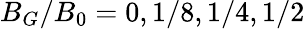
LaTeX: B_{G}/B_{0}=0,1/8,1/4,1/2